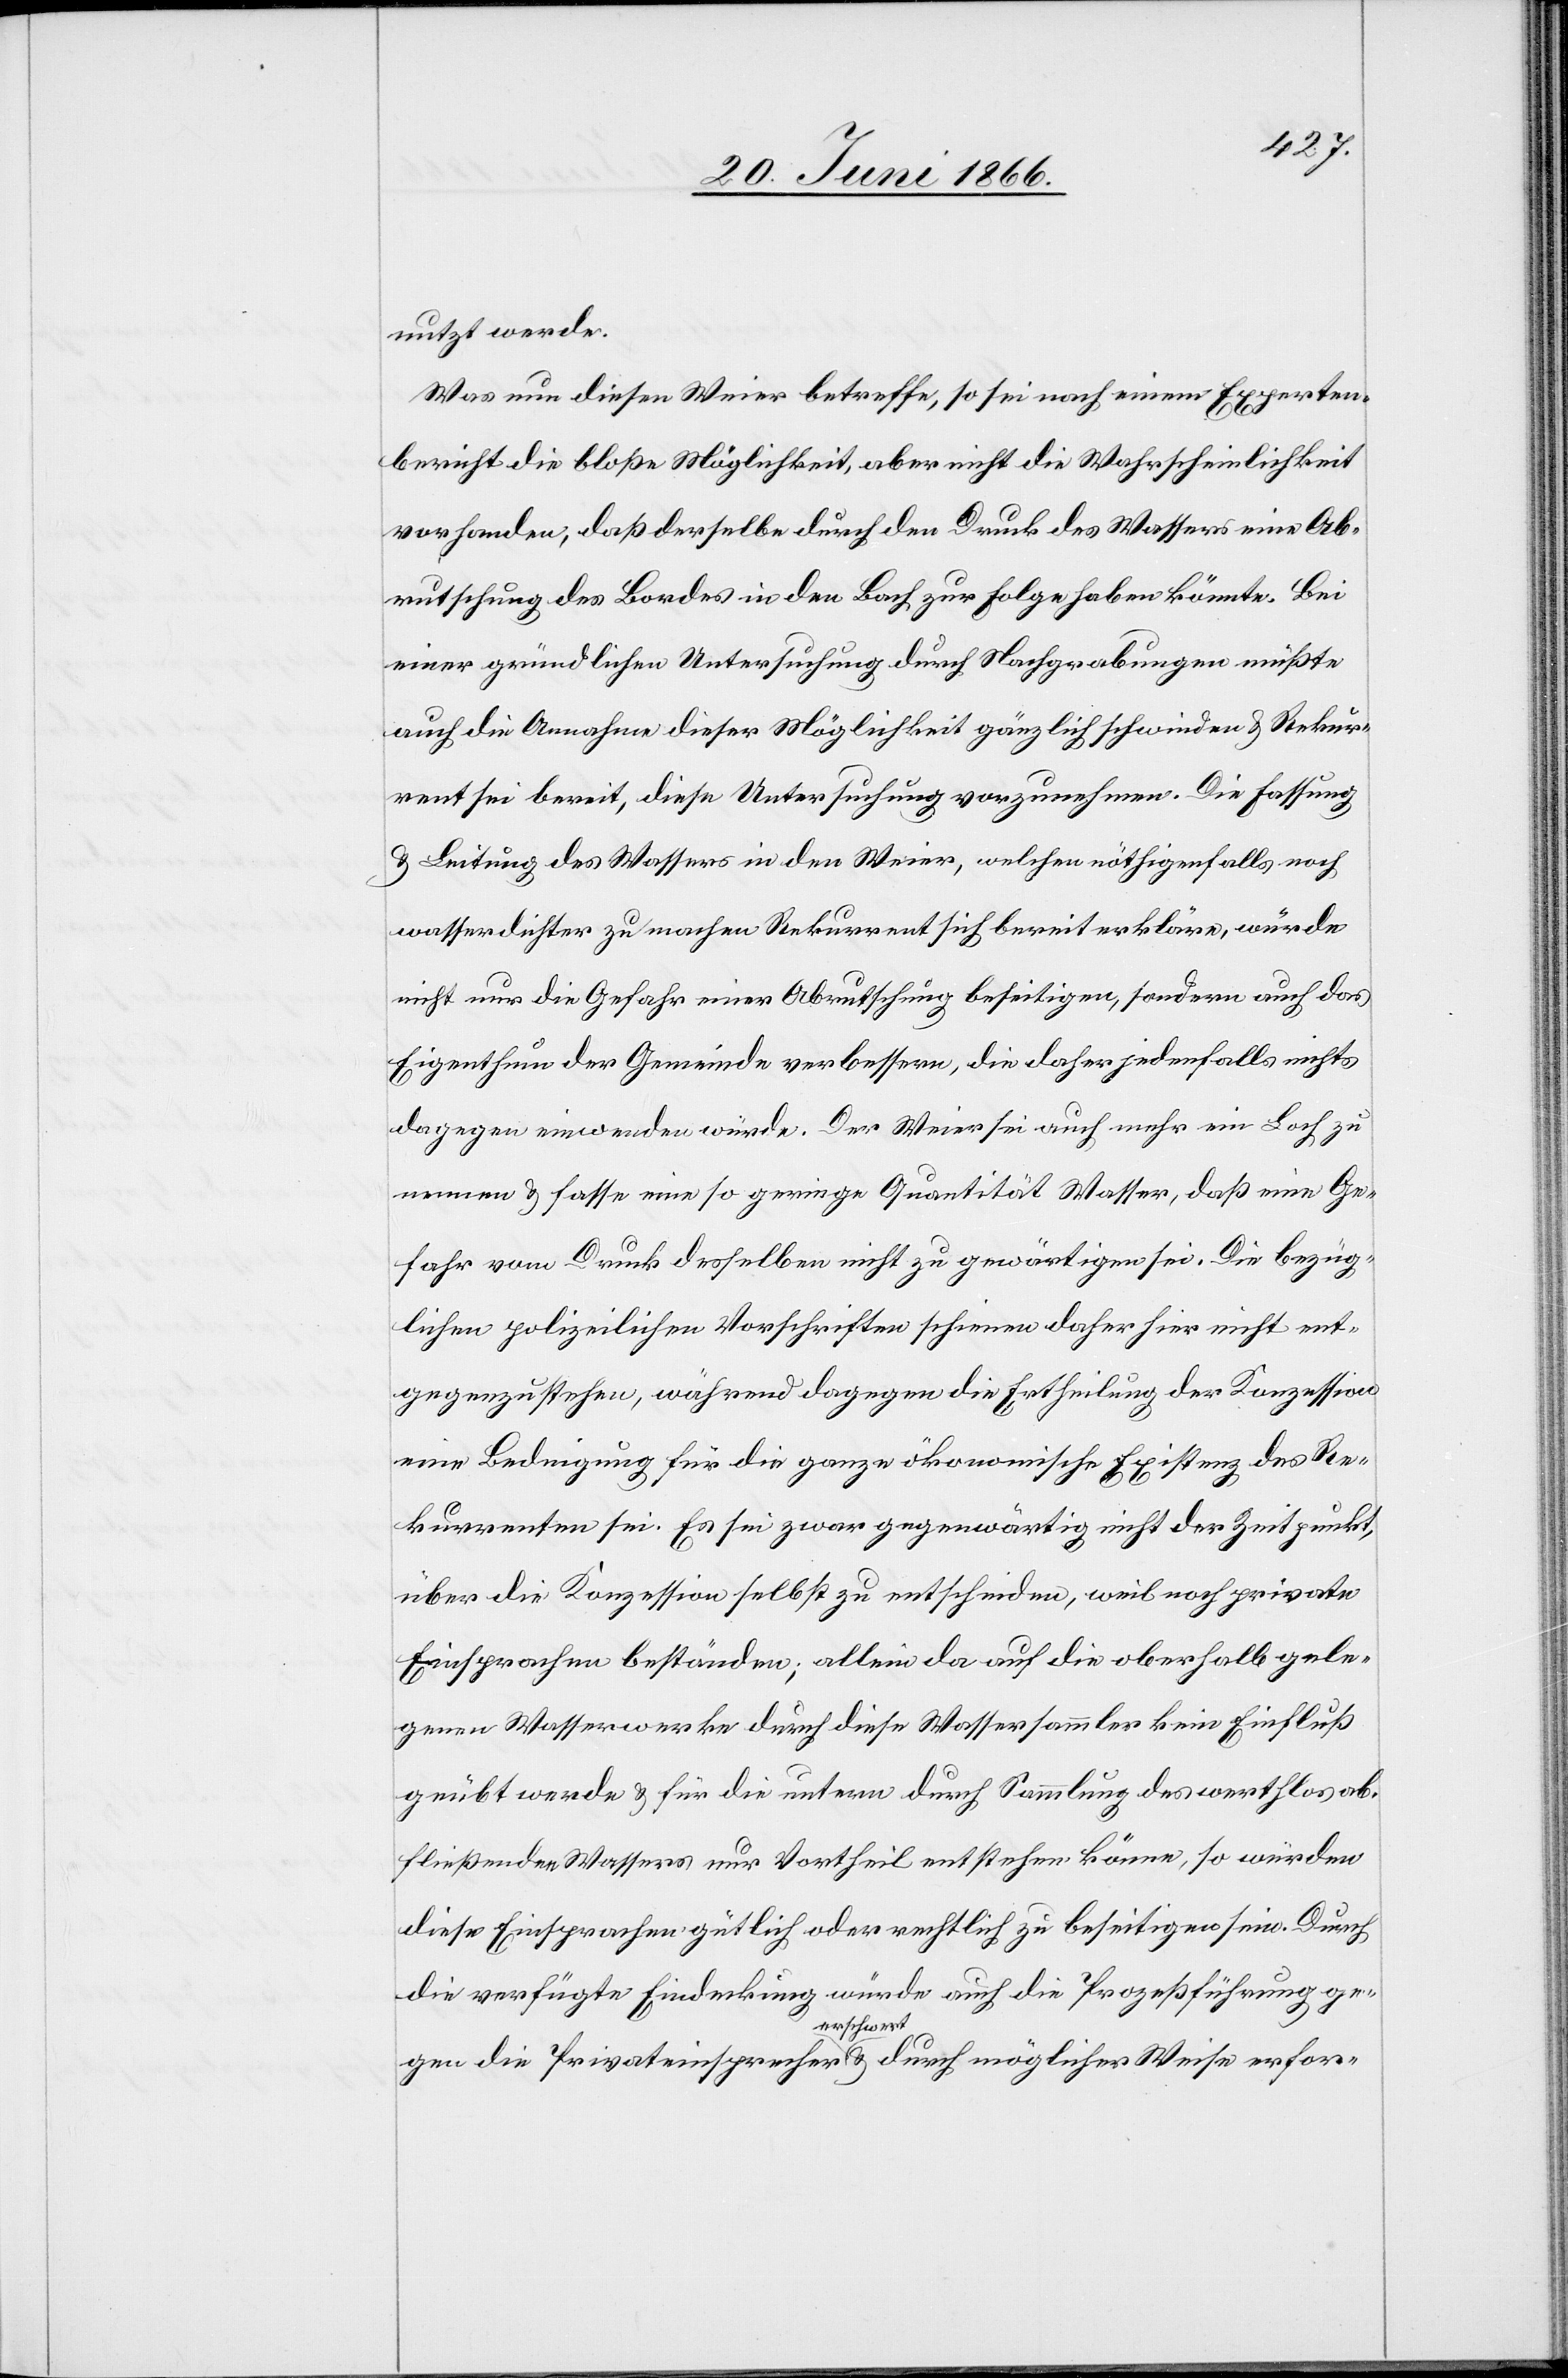
nutzt werde.
Was nun diesen Weier betreffe, so sei nach einem Experten¬
berichte die bloße Möglichkeit, aber nicht die Wahrscheinlichkeit
vorhanden, daß derselbe durch den Druck des Wassers eine Ab¬
rutschung des Landes in den Bach zur Folge haben könnte. Bei
einer gründlichen Untersuchung durch Nachgrabungen müßte
auch die Annahme dieser Möglichkeit gänzlich schwinden u. Rekur¬
rent sei bereit, diese Untersuchung vorzunehmen. Die Fassung
u. Leitung des Wassers in den Weier, welchen nöthigenfalls noch
wasserdichter zu machen Rekurrent sich bereit erkläre, würde
nicht nur die Gefahr einer Abrutschung beseitigen, sondern auch das
Eigenthum der Gemeinde verbessern, die daher jedenfalls nichts
dagegen einwenden würde. Der Weier sei auch mehr ein Loch zu
nennen u. fasst eine so geringe Quantität Wasser, daß eine Ge¬
fahr vom Druck desselben nicht zu gewärtigen sei. Die bezüg¬
lichen polizeilichen Vorschriften scheinen daher hier nicht ent¬
gegenzustehen, während dagegen die Ertheilung der Konzession
eine Bedingung für die ganze ökonomische Existenz des Re¬
kurrenten sei. Es sei zwar gegenwärtig nicht der Zeitpunkt,
über die Konzession selbst zu entscheiden, weil noch private
Einsprachen beständen; allein da auf die oberhalb gele¬
genen Wasserwerke durch diese Wassersammler kein Einfluß
geübt werde u. für die untern durch Sammlung des werthlos ab¬
fließenden Wassers nur Vortheil entstehen könne, so würden
diese Einsprachen gütlich oder rechtlich zu beseitigen sein. Durch
die verfügte Eindeckung würde auch die Prozessführung ge¬
gen die Privateinsprachen erschwert u. durch möglicher Weise erfor-